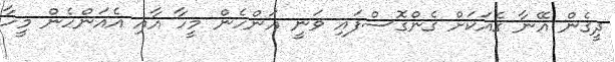
ދީގެން އޭނާ ގެއަކަށް ގެންގޮސްފައި ވަނީ އަންހެން މީހާ އާއި އެއަންހެން މީހާ